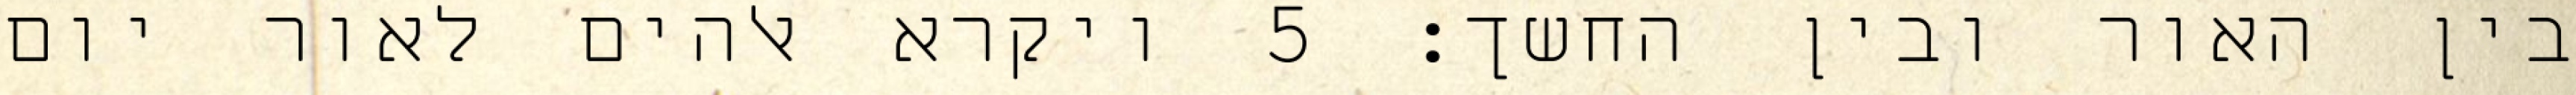
בין האור ובין החשך׃ ‎5‏ ויקרא אלהים לאור יום